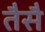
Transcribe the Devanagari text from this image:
तैसै